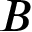
\b { B }